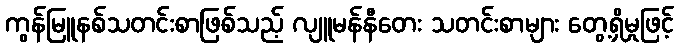
ကွန်မြူနစ်သတင်းစာဖြစ်သည့် လျူမန်နီတေး သတင်းစာများ တွေ့ရှိမှုဖြင့်